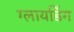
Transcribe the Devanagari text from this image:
ग्लायडिंग